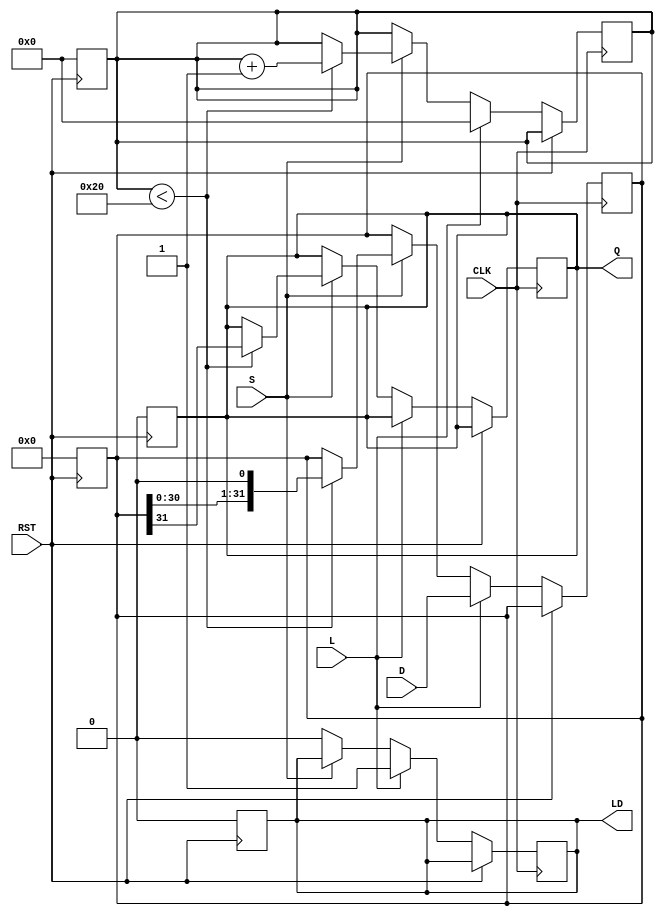
module PISO_Register (
    input wire [31:0] D,      // 32-bit parallel data input
    input wire L,             // Load signal
    input wire S,             // Shift signal
    input wire CLK,           // Clock input
    input wire RST,           // Asynchronous reset
    output reg Q,             // Serial output
    output reg LD             // Data Loaded status output
);

    reg [31:0] shift_reg;     // Shift register to hold the data
    reg [5:0] count;          // Counter to keep track of the number of shifts

    // Asynchronous Reset
    always @(posedge RST) begin
        shift_reg <= 32'b0;    // Clear the shift register
        Q <= 1'b0;             // Clear the serial output
        LD <= 1'b0;            // Clear the Data Loaded status
        count <= 6'b0;         // Reset the counter
    end

    // Main operation block
    always @(posedge CLK) begin
        if (RST) begin
            // If reset is active, do nothing (handled in the reset block)
        end else begin
            if (L) begin
                // Load the data into the shift register
                shift_reg <= D;
                LD <= 1'b1;      // Indicate data has been loaded
                count <= 6'b0;   // Reset the counter on load
            end else if (S) begin
                // Shift operation
                if (count < 32) begin
                    Q <= shift_reg[31]; // Output the MSB
                    shift_reg <= {shift_reg[30:0], 1'b0}; // Shift left
                    count <= count + 1; // Increment shift count
                end
            end else begin
                LD <= 1'b0; // Clear the loaded status if not loading
            end
        end
    end

endmodule